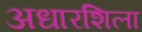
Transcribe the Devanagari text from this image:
अधारशिला